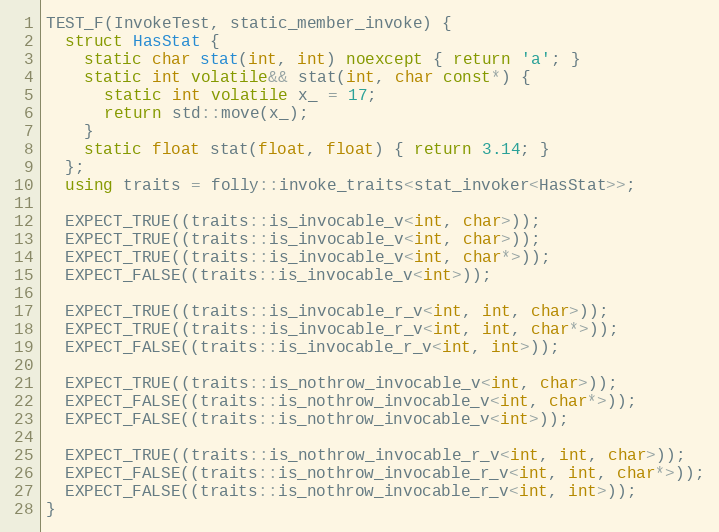
Language: C++
TEST_F(InvokeTest, static_member_invoke) {
  struct HasStat {
    static char stat(int, int) noexcept { return 'a'; }
    static int volatile&& stat(int, char const*) {
      static int volatile x_ = 17;
      return std::move(x_);
    }
    static float stat(float, float) { return 3.14; }
  };
  using traits = folly::invoke_traits<stat_invoker<HasStat>>;

  EXPECT_TRUE((traits::is_invocable_v<int, char>));
  EXPECT_TRUE((traits::is_invocable_v<int, char>));
  EXPECT_TRUE((traits::is_invocable_v<int, char*>));
  EXPECT_FALSE((traits::is_invocable_v<int>));

  EXPECT_TRUE((traits::is_invocable_r_v<int, int, char>));
  EXPECT_TRUE((traits::is_invocable_r_v<int, int, char*>));
  EXPECT_FALSE((traits::is_invocable_r_v<int, int>));

  EXPECT_TRUE((traits::is_nothrow_invocable_v<int, char>));
  EXPECT_FALSE((traits::is_nothrow_invocable_v<int, char*>));
  EXPECT_FALSE((traits::is_nothrow_invocable_v<int>));

  EXPECT_TRUE((traits::is_nothrow_invocable_r_v<int, int, char>));
  EXPECT_FALSE((traits::is_nothrow_invocable_r_v<int, int, char*>));
  EXPECT_FALSE((traits::is_nothrow_invocable_r_v<int, int>));
}